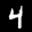
Label: 4